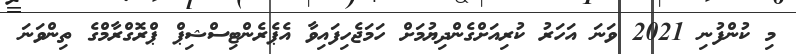
މި ކުންފުނި 2021 ވަނަ އަހަރު ކުރިއަށްގެންދިޔުމަށް ހަމަޖެހިފައިވާ އެޕެރެންޓިސްޝިޕް ޕްރޮގްރާމްގެ ތިންވަނަ